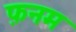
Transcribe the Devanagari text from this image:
फ़नम